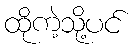
ထိုကဲ့သို့ပင်